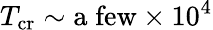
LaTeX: T_{\mathrm{cr}}\sim\mathrm{a\; few}\times 10^{4}